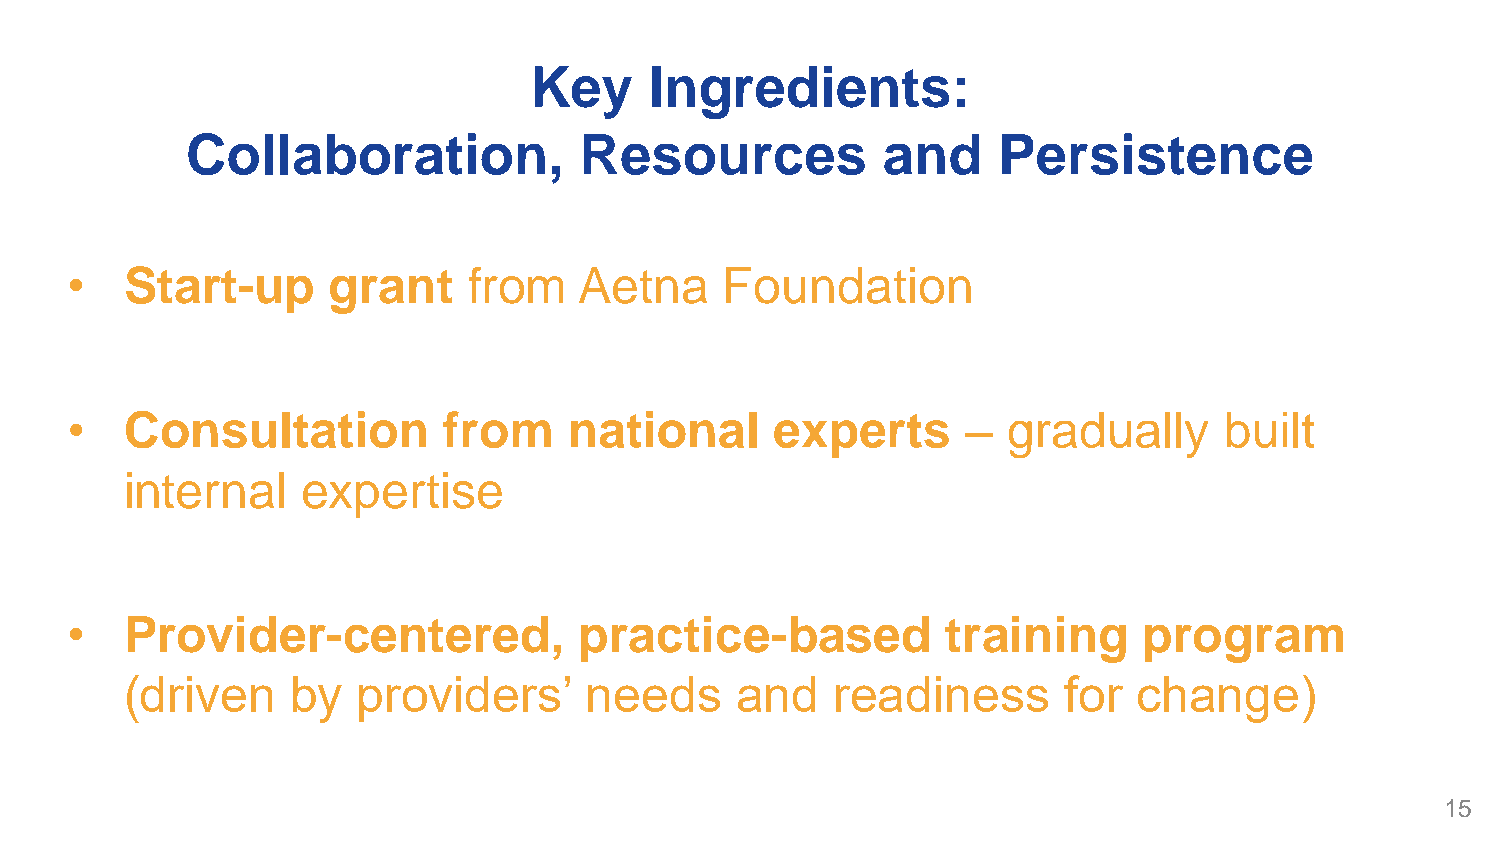
Key     Ingredients:
 Collaboration,            Resources           and     Persistence
 •   Start-up      grant    from   Aetna     Foundation
 •   Consultation         from     national     experts      –  gradually     built
 internal    expertise
 •   Provider-centered,            practice-based           training     program
 (driven    by   providers’     needs     and   readiness       for change)
 15